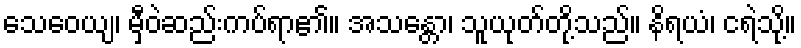
သေဝေယျ၊ မှီဝဲဆည်းကပ်ရာ၏။ အသန္တော၊ သူယုတ်တို့သည်။ နိရယံ၊ ငရဲသို့။